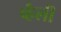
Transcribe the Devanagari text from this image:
व्हैली